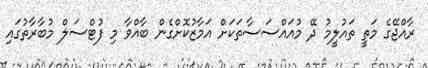
ރާއްޖޭގެ މަތީ ތައުލީމު ދޭ މުއައްސަސާތަކަށް އަމާޒުކޮށްގެން ބާއްވާ މި ފުޓްސަލް މުބާރާތުގައި